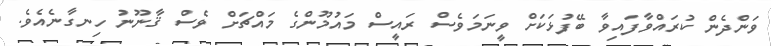
ވަންދެން ކުރައްވާފައިވާ ބޭފުޅަކަށް ވީނަމަވެސް ރައީސް މައުމޫންގެ މައްޗަށް ވެސް ޤާނޫނު ހިނގާނެއެވެ.